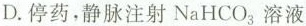
D. 停药，静脉注射NaHCO_{3}溶液